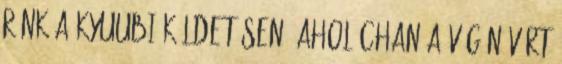
ránk a Kyuubi küldetésen. Ahol Chan a végén várt